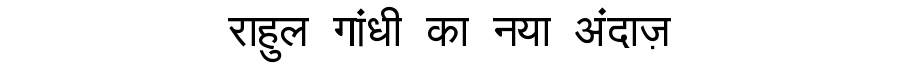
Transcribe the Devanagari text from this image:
राहुल गांधी का नया अंदाज़